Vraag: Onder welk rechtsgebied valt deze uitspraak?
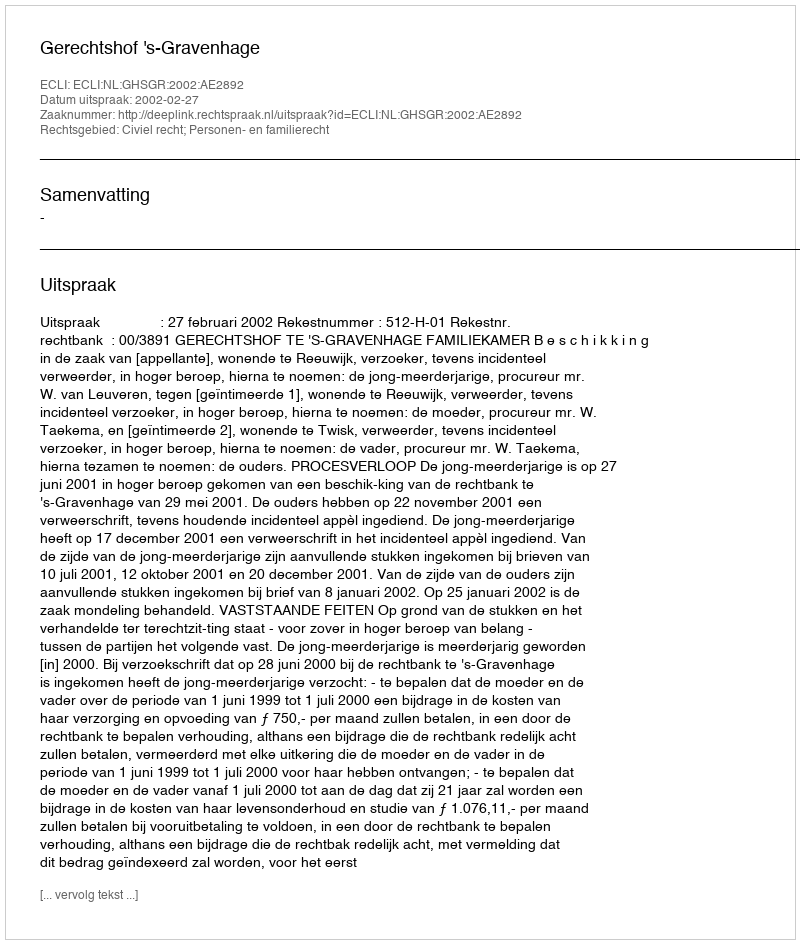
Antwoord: Civiel recht; Personen- en familierecht